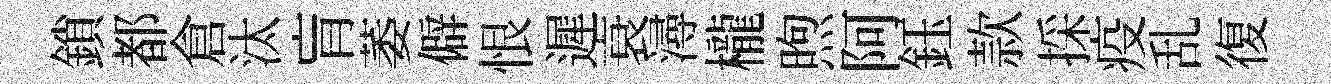
鎖都倉汰肓萎僻恨遲衰潯櫳煦阿鈺款採疫乱復